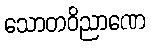
သောတဝိညာဏေ